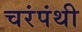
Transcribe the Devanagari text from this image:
चरंपंथी